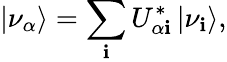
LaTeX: \left|\nu_{\alpha}\right\rangle=\sum_{\mathbf{i}}U_{\alpha\mathbf{i}}^{*}\left|\nu_{\mathbf{i}}\right\rangle,